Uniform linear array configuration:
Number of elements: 48
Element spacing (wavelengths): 0.5
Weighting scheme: kaiser
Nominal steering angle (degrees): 45
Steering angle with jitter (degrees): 45.839
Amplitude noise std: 0.05
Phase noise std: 0.05

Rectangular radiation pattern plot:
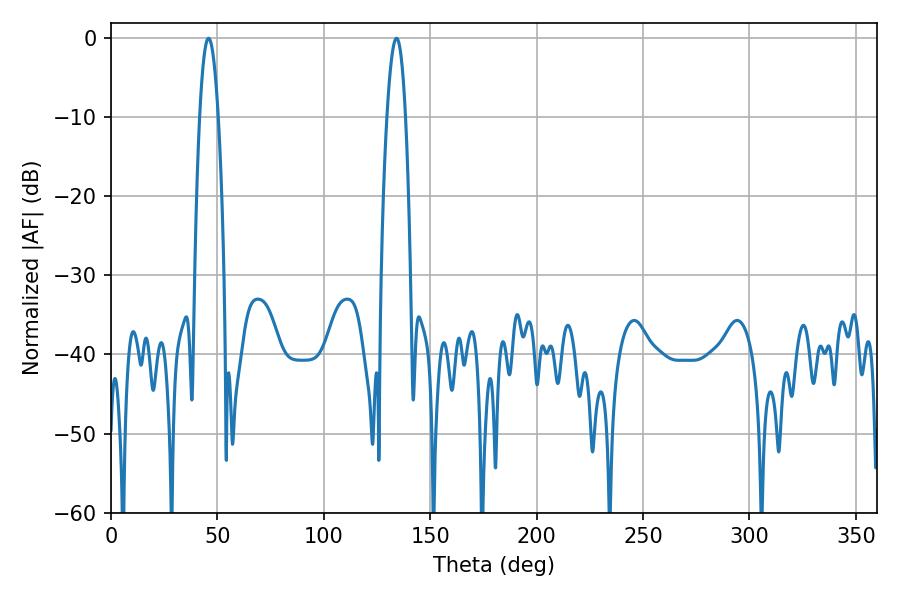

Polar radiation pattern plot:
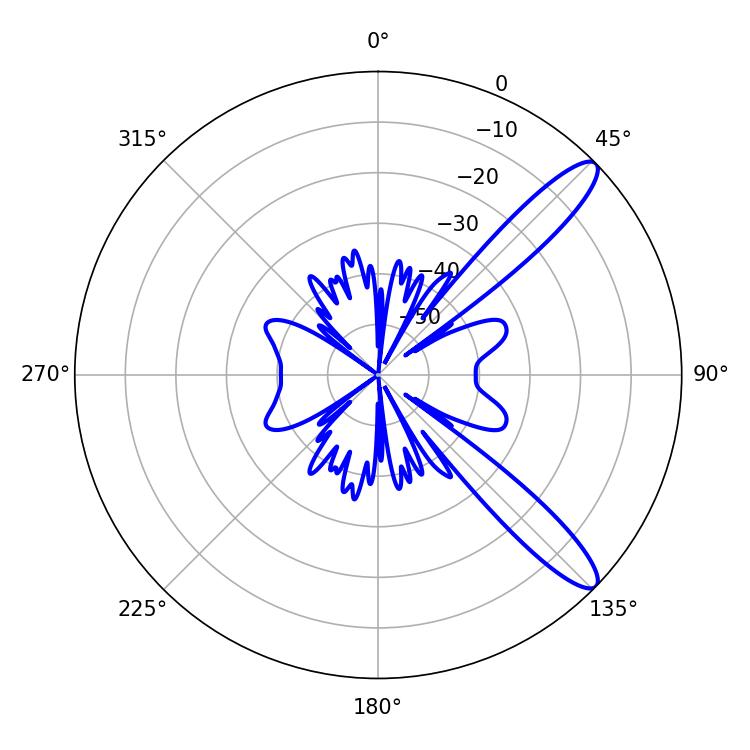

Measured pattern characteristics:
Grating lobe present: FALSE
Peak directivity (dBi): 11.857
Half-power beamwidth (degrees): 4.68
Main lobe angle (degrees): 45.9